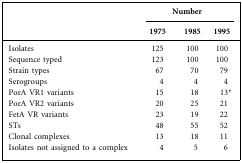
<table><thead><tr><td rowspan="2"></td><td colspan="3"><b>Number</b></td></tr><tr><td><b>1975</b></td><td><b>1985</b></td><td><b>1995</b></td></tr></thead><tbody><tr><td>Isolates</td><td>125</td><td>100</td><td>100</td></tr><tr><td>Sequence typed</td><td>123</td><td>100</td><td>100</td></tr><tr><td>Strain types</td><td>67</td><td>70</td><td>79</td></tr><tr><td>Serogroups</td><td>4</td><td>4</td><td>4</td></tr><tr><td>PorA VR1 variants</td><td>15</td><td>18</td><td>13*</td></tr><tr><td>PorA VR2 variants</td><td>20</td><td>25</td><td>21</td></tr><tr><td>FetA VR variants</td><td>23</td><td>19</td><td>22</td></tr><tr><td>STs</td><td>48</td><td>55</td><td>52</td></tr><tr><td>Clonal complexes</td><td>13</td><td>18</td><td>11</td></tr><tr><td>Isolates not assigned to a complex</td><td>4</td><td>5</td><td>6</td></tr></tbody></table>